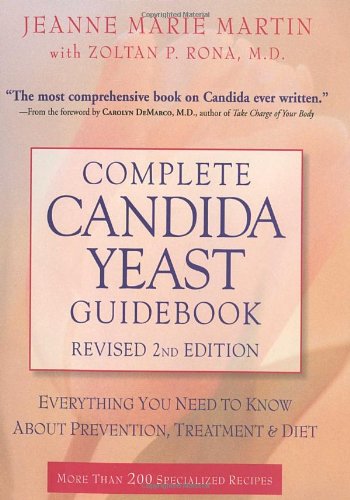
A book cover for Complete Candida Yeast Guidebook, Revised 2nd Edition: Everything You Need to Know About Prevention, Treatment & Diet; Jeanne Marie Martin; Health, Fitness & Dieting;